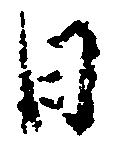
日